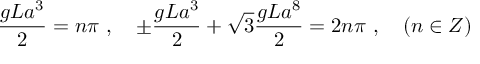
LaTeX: \frac { g L a ^ { 3 } } { 2 } = n \pi \ , \quad \pm \frac { g L a ^ { 3 } } { 2 } + \sqrt { 3 } \frac { g L a ^ { 8 } } { 2 } = 2 n \pi \ , \quad ( n \in Z )